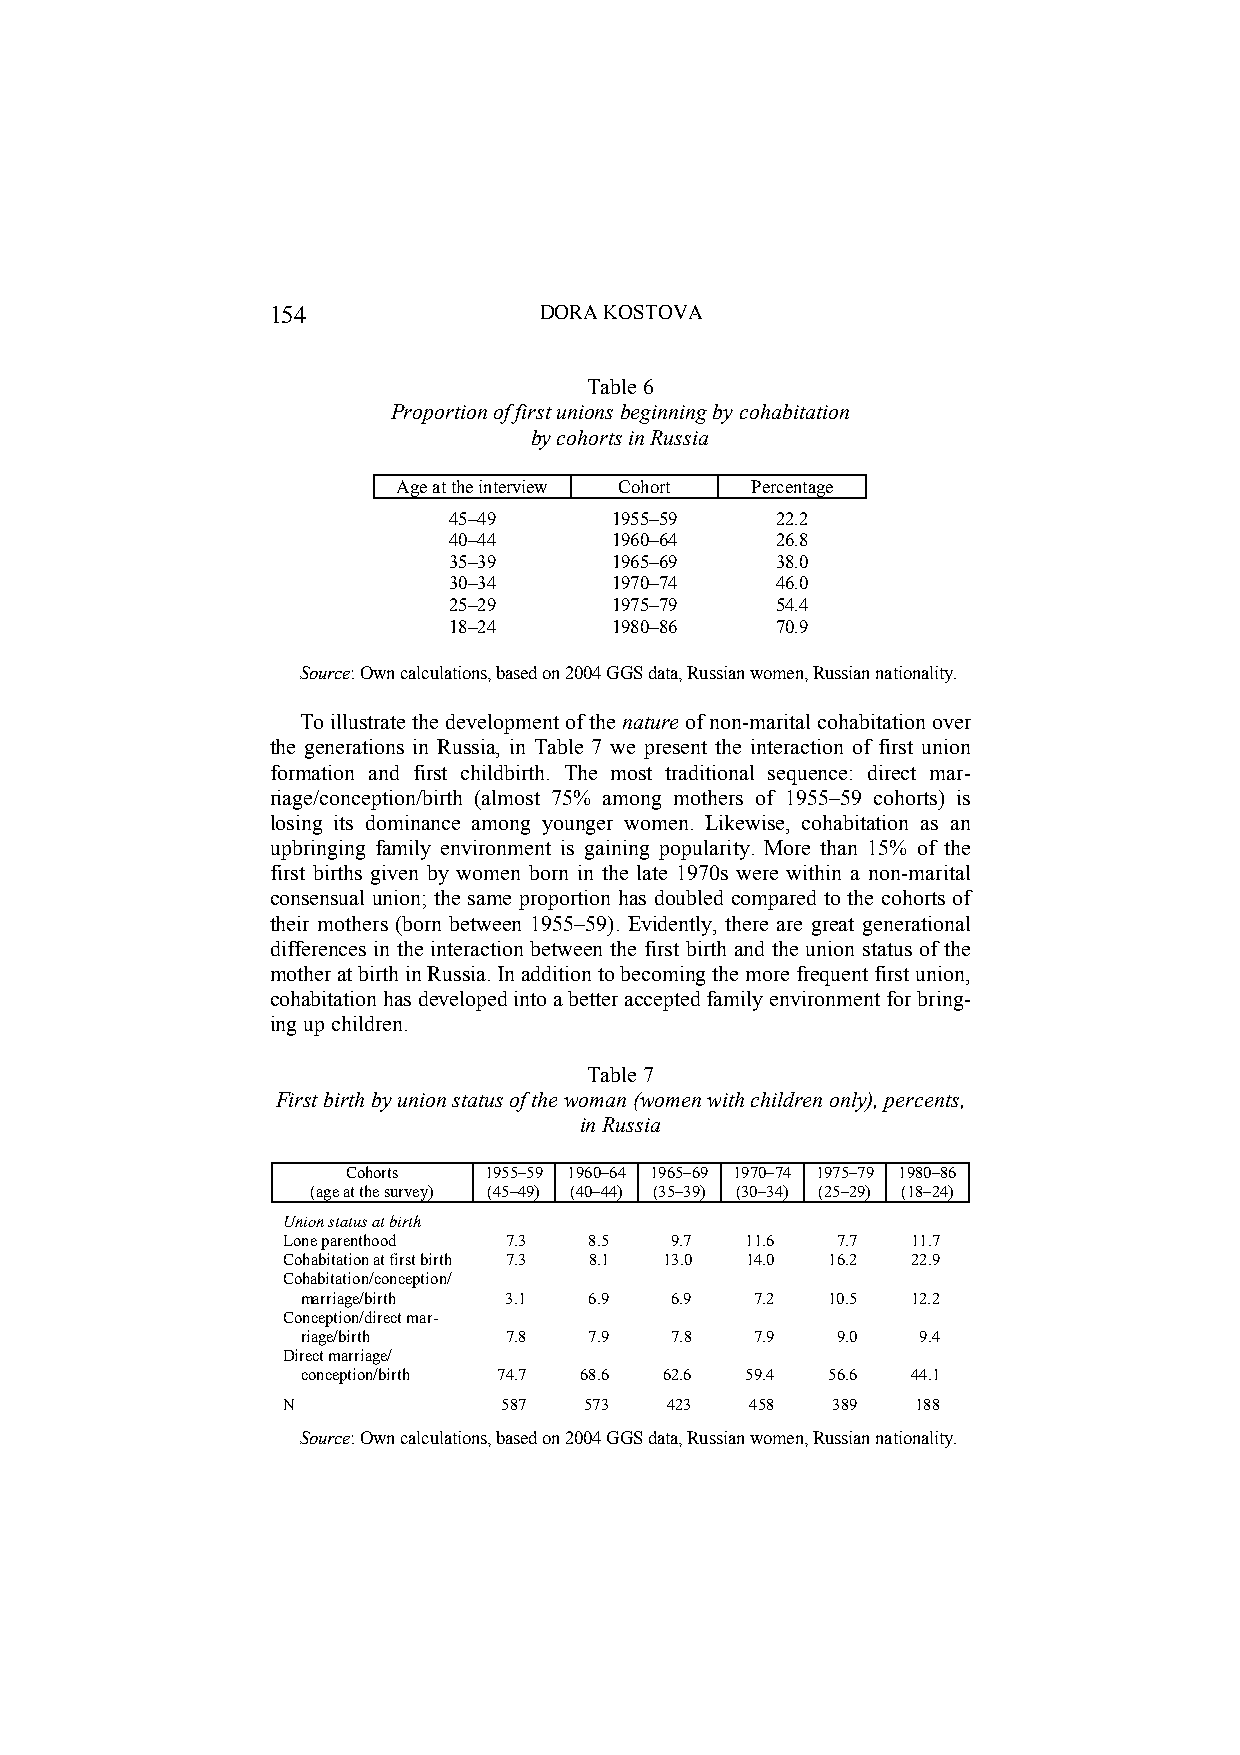
154               DORA KOSTOVA
 Table 6
 Proportion of first unions beginning by cohabitation
 by cohorts in Russia
 Age at the interview Cohort Percentage
 45–49     1955–59    22.2
 40–44     1960–64    26.8
 35–39     1965–69    38.0
 30–34     1970–74    46.0
 25–29     1975–79    54.4
 18–24     1980–86    70.9
 Source: Own calculations, based on 2004 GGS data, Russian women, Russian nationality.
 To illustrate the development of the nature of non-marital cohabitation over
 the generations in Russia, in Table 7 we present the interaction of first union
 formation and first childbirth. The most traditional sequence: direct mar-
 riage/conception/birth (almost 75% among mothers of 1955–59 cohorts) is
 losing its dominance among younger women. Likewise, cohabitation as an
 upbringing family environment is gaining popularity. More than 15% of the
 first births given by women born in the late 1970s were within a non-marital
 consensual union; the same proportion has doubled compared to the cohorts of
 their mothers (born between 1955–59). Evidently, there are great generational
 differences in the interaction between the first birth and the union status of the
 mother at birth in Russia. In addition to becoming the more frequent first union,
 cohabitation has developed into a better accepted family environment for bring-
 ing up children.
 Table 7
 First birth by union status of the woman (women with children only), percents,
 in Russia
 Cohorts  1955–59 1960–64 1965–69 1970–74 1975–79 1980–86
 (age at the survey) (45–49) (40–44) (35–39) (30–34) (25–29) (18–24)
 Union status at birth
 Lone parenthood 7.3 8.5  9.7  11.6  7.7  11.7
 Cohabitation at first birth 7.3 8.1 13.0 14.0 16.2 22.9
 Cohabitation/conception/
 marriage/birth 3.1 6.9  6.9   7.2  10.5 12.2
 Conception/direct mar-
 riage/birth  7.8   7.9  7.8   7.9  9.0   9.4
 Direct marriage/
 conception/birth 74.7 68.6 62.6 59.4 56.6 44.1
 N             587   573  423   458  389   188
 Source: Own calculations, based on 2004 GGS data, Russian women, Russian nationality.